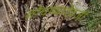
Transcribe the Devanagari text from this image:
शोधण्याऐवजी